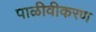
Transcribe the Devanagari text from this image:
पाळीवीकरण